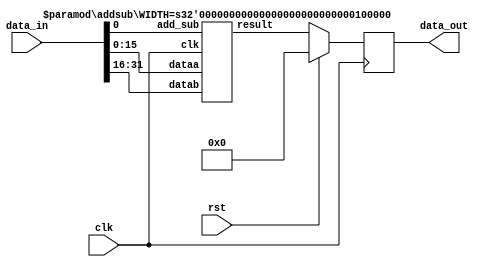
module addsubb_top #(parameter WIDTH=32) (clk,rst,data_in,data_out);
    input clk;
    input rst;
    input [WIDTH-1:0] data_in;
    output reg [WIDTH-1:0] data_out;
    
    wire [WIDTH-1:0] as_out;
    wire [15:0] data_ina = data_in[15:0];
    wire [15:0] data_inb = data_in[31:16];
    wire add_sub = data_in[0];
    
    always @ (posedge clk) begin
    if (rst)
        data_out <= 0;
    else 
        data_out <= as_out;
//        data_out [31:17] <= data_in [31:17];
    end
    
    addsub #(.WIDTH(WIDTH)) add_sub_inst (.clk(clk),.dataa(data_ina),.datab(data_inb),.add_sub(add_sub),.result(as_out));
endmodule

module addsub #(parameter WIDTH=32)
(
	input [15:0] dataa,
	input [15:0] datab,
	input add_sub,
	input clk,
	output reg [WIDTH-1:0] result
);

	always @ (posedge clk)
	begin
		if (add_sub)
			result <= dataa + datab;
		else
			result <= dataa - datab;
	end

endmodule